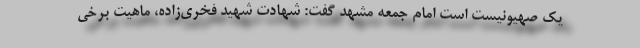
یک صهیونیست است امام جمعه مشهد گفت: شهادت شهید فخری‌زاده، ماهیت برخی